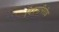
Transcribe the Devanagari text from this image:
विषमनिरोध